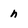
Character: h